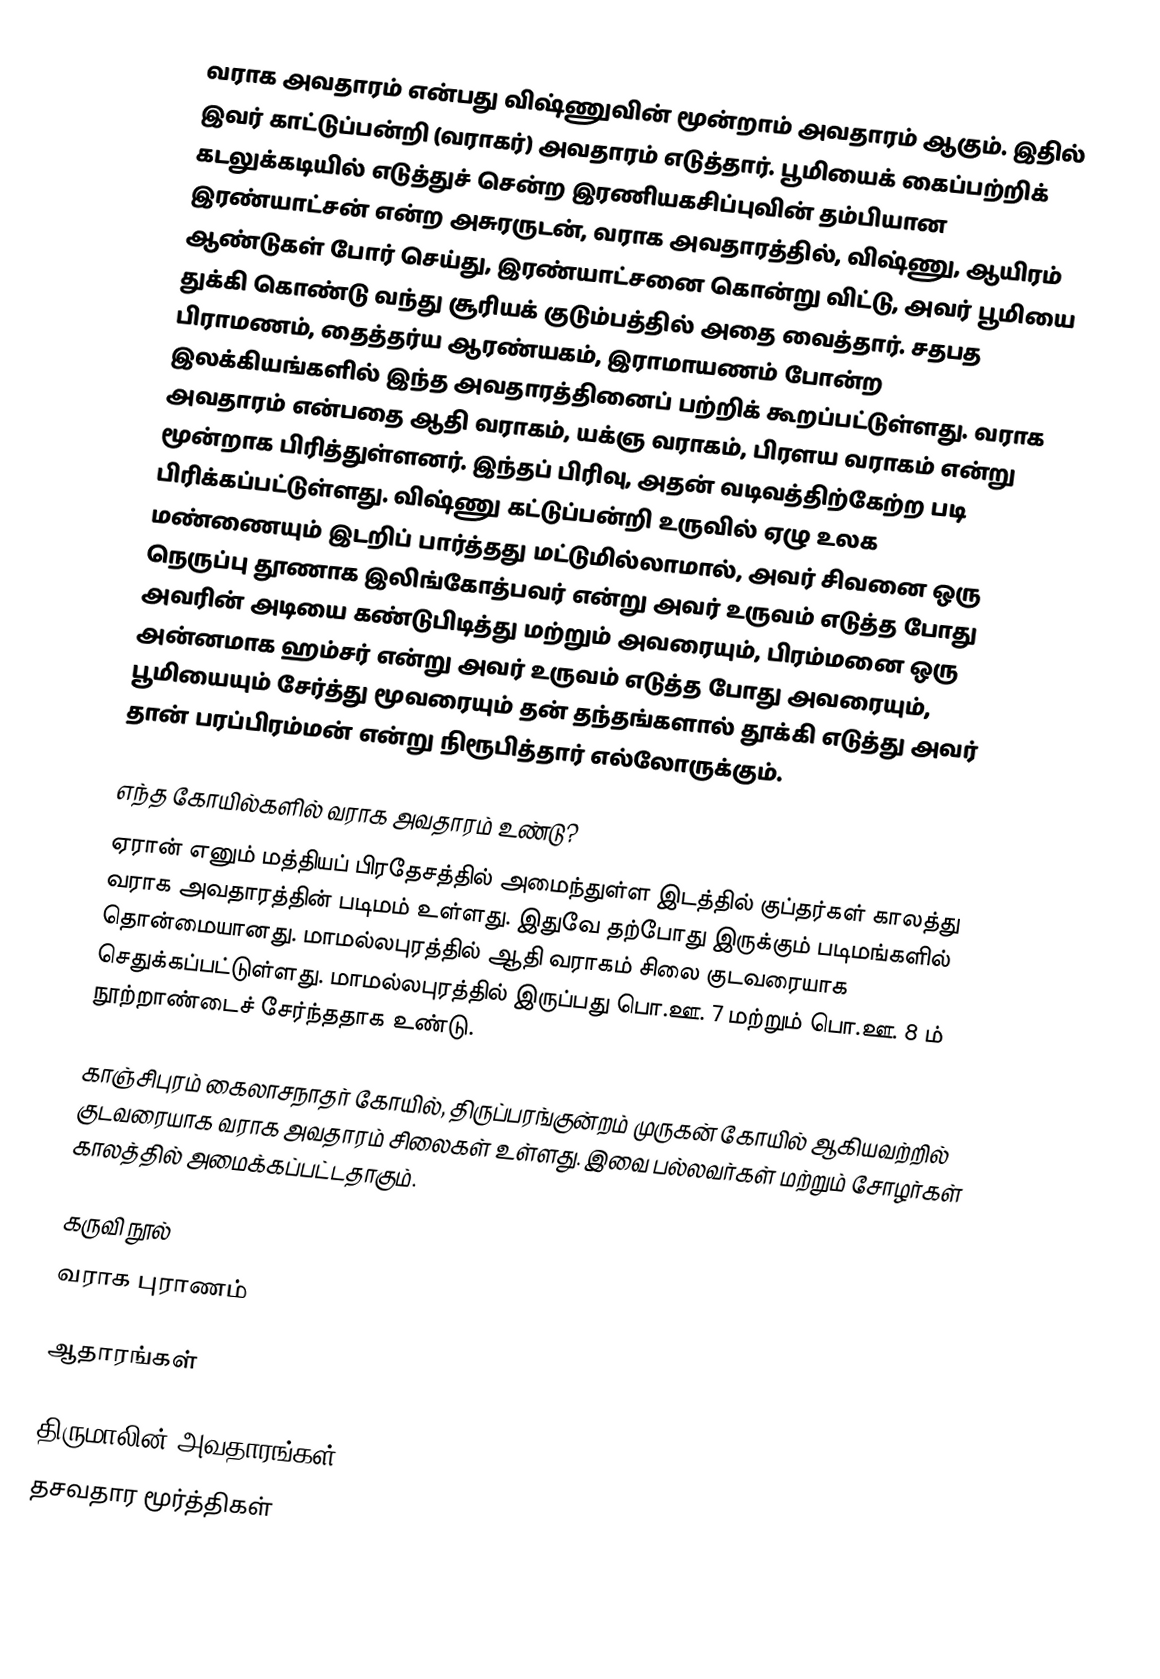
வராக அவதாரம் என்பது விஷ்ணுவின் மூன்றாம் அவதாரம் ஆகும். இதில் இவர் காட்டுப்பன்றி (வராகர்) அவதாரம் எடுத்தார். பூமியைக் கைப்பற்றிக் கடலுக்கடியில் எடுத்துச் சென்ற இரணியகசிப்புவின் தம்பியான இரண்யாட்சன் என்ற அசுரருடன், வராக அவதாரத்தில், விஷ்ணு, ஆயிரம் ஆண்டுகள் போர் செய்து, இரண்யாட்சனை கொன்று விட்டு, அவர் பூமியை துக்கி கொண்டு வந்து சூரியக் குடும்பத்தில் அதை வைத்தார். சதபத பிராமணம், தைத்தர்ய ஆரண்யகம்,  இராமாயணம் போன்ற இலக்கியங்களில் இந்த அவதாரத்தினைப் பற்றிக் கூறப்பட்டுள்ளது. வராக அவதாரம் என்பதை ஆதி வராகம், யக்ஞ வராகம், பிரளய வராகம் என்று மூன்றாக பிரித்துள்ளனர். இந்தப் பிரிவு, அதன் வடிவத்திற்கேற்ற படி பிரிக்கப்பட்டுள்ளது.  விஷ்ணு கட்டுப்பன்றி உருவில் ஏழு உலக மண்ணையும் இடறிப் பார்த்தது மட்டுமில்லாமால், அவர் சிவனை ஒரு நெருப்பு தூணாக இலிங்கோத்பவர் என்று அவர் உருவம் எடுத்த போது அவரின் அடியை கண்டுபிடித்து மற்றும் அவரையும், பிரம்மனை ஒரு அன்னமாக ஹம்சர் என்று அவர் உருவம் எடுத்த போது அவரையும், பூமியையும் சேர்த்து மூவரையும் தன் தந்தங்களால் தூக்கி எடுத்து அவர் தான் பரப்பிரம்மன் என்று நிரூபித்தார் எல்லோருக்கும்.

எந்த கோயில்களில் வராக அவதாரம் உண்டு?
ஏரான் எனும் மத்தியப் பிரதேசத்தில் அமைந்துள்ள இடத்தில் குப்தர்கள் காலத்து வராக அவதாரத்தின் படிமம் உள்ளது. இதுவே தற்போது இருக்கும் படிமங்களில் தொன்மையானது. மாமல்லபுரத்தில் ஆதி வராகம் சிலை குடவரையாக செதுக்கப்பட்டுள்ளது. மாமல்லபுரத்தில் இருப்பது பொ.ஊ. 7 மற்றும் பொ.ஊ. 8 ம் நூற்றாண்டைச் சேர்ந்ததாக உண்டு.

காஞ்சிபுரம் கைலாசநாதர் கோயில், திருப்பரங்குன்றம் முருகன் கோயில் ஆகியவற்றில் குடவரையாக வராக அவதாரம் சிலைகள் உள்ளது. இவை பல்லவர்கள் மற்றும் சோழர்கள் காலத்தில் அமைக்கப்பட்டதாகும்.

கருவி நூல்
 வராக புராணம்

ஆதாரங்கள்

திருமாலின் அவதாரங்கள்
தசவதார மூர்த்திகள்